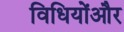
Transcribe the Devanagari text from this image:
विधियोंऔर